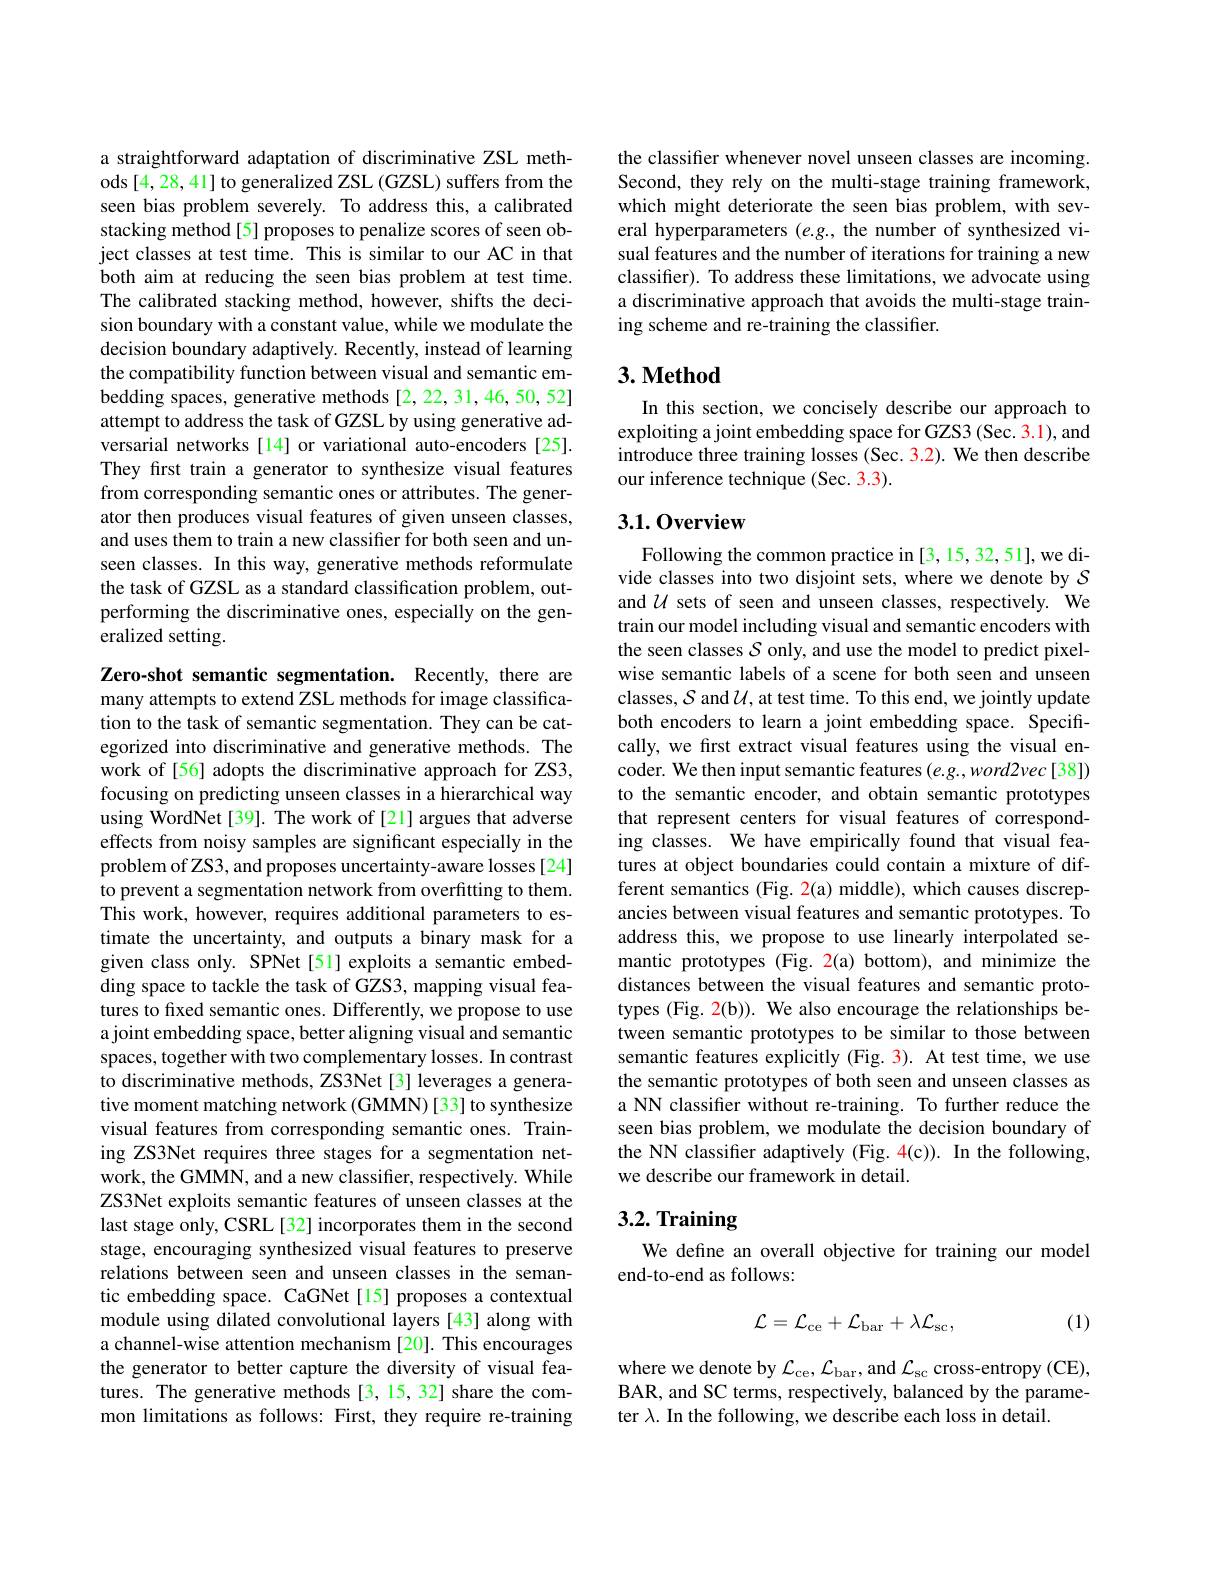
a straightforward adaptation of discriminative ZSL methods [4,28,41] to generalized ZSL (GZSL) suffers from the seen bias problem severely. To address this, a calibrated stacking method[5] proposes to penalize scores of seen object classes at test time. This is similar to our AC in that both aim at reducing the seen bias problem at test time. The calibrated stacking method, however, shifts the decision boundary with a constant value, while we modulate the decision boundary adaptively. Recently, instead of learning the compatibility function between visual and semantic embedding spaces, generative methods [2,22,31,46,50,52] attempt to address the task of GZSL by using generative adversarial networks[14] or variational auto-encoders[25]. They first train a generator to synthesize visual features from corresponding semantic ones or attributes. The generator then produces visual features of given unseen classes, and uses them to train a new classifier for both seen and unseen classes. In this way, generative methods reformulate the task of GZSL as a standard classification problem, outperforming the discriminative ones, especially on the generalized setting.

Zero-shot semantic segmentation. Recently, there are many attempts to extend ZSL methods for image classification to the task of semantic segmentation. They can be categorized into discriminative and generative methods. The work of[56] adopts the discriminative approach for ZS3, focusing on predicting unseen classes in a hierarchical way using WordNet[39]. The work of[21] argues that adverse effects from noisy samples are significant especially in the problem of ZS3, and proposes uncertainty-aware losses [24] to prevent a segmentation network from overfitting to them. This work, however, requires additional parameters to estimate the uncertainty, and outputs a binary mask for a given class only. SPNet[51] exploits a semantic embedding space to tackle the task of GZS3, mapping visual features to fixed semantic ones. Differently, we propose to use a joint embedding space, better aligning visual and semantic spaces, together with two complementary losses. In contrast to discriminative methods, ZS3Net [3] leverages a generative moment matching network (GMMN) [33] to synthesize visual features from corresponding semantic ones. Training ZS3Net requires three stages for a segmentation network, the GMMN, and a new classifier, respectively. While ZS3Net exploits semantic features of unseen classes at the last stage only, CSRL [32] incorporates them in the second stage, encouraging synthesized visual features to preserve relations between seen and unseen classes in the semantic embedding space. CaGNet[15] proposes a contextual module using dilated convolutional layers [43] along with a channel-wise attention mechanism [20]. This encourages the generator to better capture the diversity of visual features. The generative methods [3,15,32] share the common limitations as follows: First, they require re-training

the classifer whenever novel unseen classes are incoming Second, they rely on the multi-stage training framework, which might deteriorate the seen bias problem, with several hyperparameters $(e.g.$, the number of synthesized visual features and the number of iterations for training a new classifier). To address these limitations, we advocate using a discriminative approach that avoids the multi-stage training scheme and re-training the classifier.

## $3. \textbf{Method}$

In this section, we concisely describe our approach to exploiting a joint embedding space for GZS3 (Sec. 3.1), and introduce three training losses (Sec. 3.2). We then describe our inference technique (Sec. 3.3).

## 3.1.0verview

Following the common practice in [3, 15, 32, 51], we divide classes into two disjoint sets, where we denote by $S$ and $U$ sets of seen and unseen classes, respectively. We train our model including visual and semantic encoders with the seen classes $\mathcal{S}$ only, and use the model to predict pixelwise semantic labels of a scene for both seen and unseen classes, $S$ and $\mathcal{U}$, at test time. To this end, we jointly update both encoders to learn a joint embedding space. Specifically, we first extract visual features using the visual encoder. We then input semantic features $(e.g.,word2vec[38])$ to the semantic encoder, and obtain semantic prototypes that represent centers for visual features of corresponding classes. We have empirically found that visual features at object boundaries could contain a mixture of different semantics (Fig. 2(a) middle), which causes discrepancies between visual features and semantic prototypes. To address this, we propose to use linearly interpolated semantic prototypes (Fig. 2(a) bottom), and minimize the distances between the visual features and semantic prototypes (Fig. 2(b)). We also encourage the relationships between semantic prototypes to be similar to those between semantic features explicitly (Fig. 3). At test time, we use the semantic prototypes of both seen and unseen classes as a NN classifier without re-training. To further reduce the seen bias problem, we modulate the decision boundary of the NN classifer adaptively (Fig. 4(c)). In the following, we describe our framework in detail.

# 3.2. Training

We define an overall objective for training our model
end-to-end as follows:
$$\mathcal{L}=\mathcal{L}_{\mathrm{ce}}+\mathcal{L}_{\mathrm{bar}}+\lambda\mathcal{L}_{\mathrm{sc}},$$
(1)

where we denote by $\mathcal{L}_\mathrm{ce},\mathcal{L}_\mathrm{bar}$,and $\mathcal{L}_\mathrm{sc}$ cross-entropy (CE), BAR, and SC terms, respectively, balanced by the parameter $\lambda.$ In the following, we describe each loss in detail.